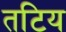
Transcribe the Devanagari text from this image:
तटिय